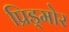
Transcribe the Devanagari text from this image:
प्रिड्मोर